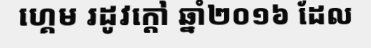
ហ្គេម រដូវក្តៅ ឆ្នាំ២០១៦ ដែល